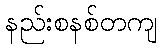
နည်းစနစ်တကျ